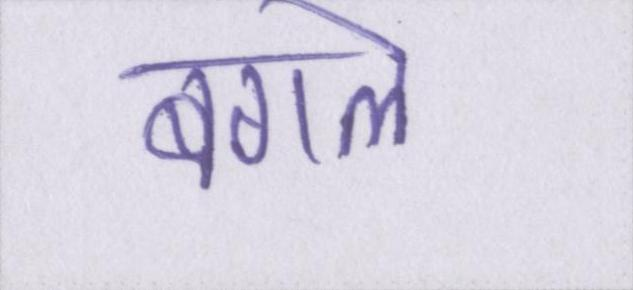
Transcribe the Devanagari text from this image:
बगले